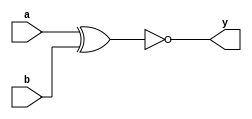
module xnor_gate(
    //Input and Output Parameters
    input a,
    input b,
    output y
);
//XNOR gate function
assign y= ~(a^b);
endmodule